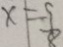
x = 9